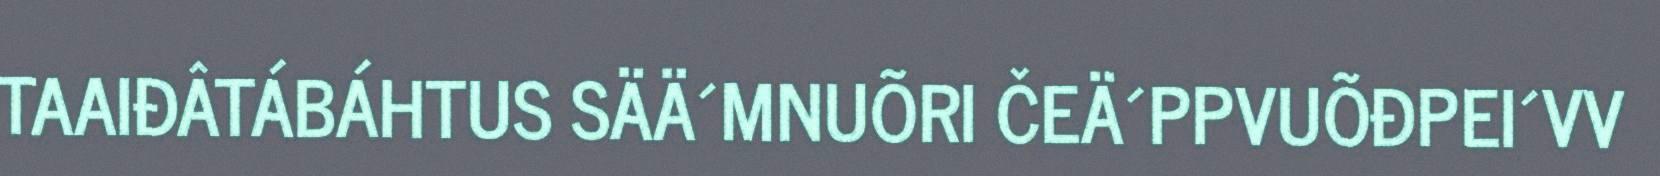
TAAIĐÂTÁBÁHTUS SÄÄ´MNUÕRI ČEÄ´PPVUÕĐPEI´VV